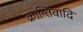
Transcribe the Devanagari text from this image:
क्रान्तिवादि